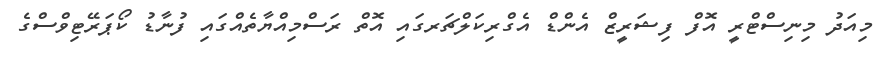
މިއަދު މިނިސްޓްރީ އޮފް ފިޝަރީޒް އެންޑް އެގްރިކަލްޗަރގައި އޮތް ރަސްމިއްޔާތެއްގައި ފުނާޑު ކޯޕަރޭޓިވްސްގެ